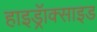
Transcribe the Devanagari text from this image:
हाइड्रॅाक्साइड